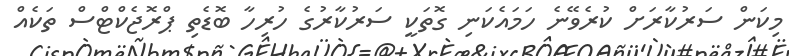
މިކަން ސަރުކާރަށް ކުރެވޭނެ ހަމައެކަނި ގޮތަކީ ސަރުކާރުގެ ހުރިހާ ބޮޑެތި ޕްރޮޖެކްޓްސް ތަކެއް